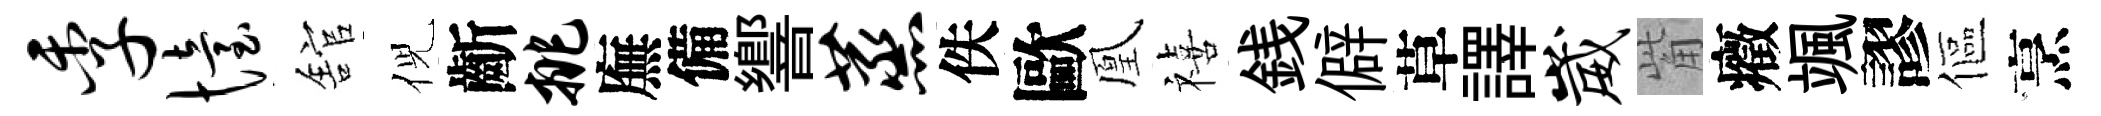
季怡舘倪齗挑廡備響蒸佚歐凰禧銭僻草譯崴觜癥颯謬傴烹